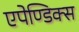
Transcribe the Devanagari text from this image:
एपेण्डिक्स